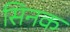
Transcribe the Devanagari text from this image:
सिनक